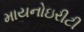
માયનોઇરીટી